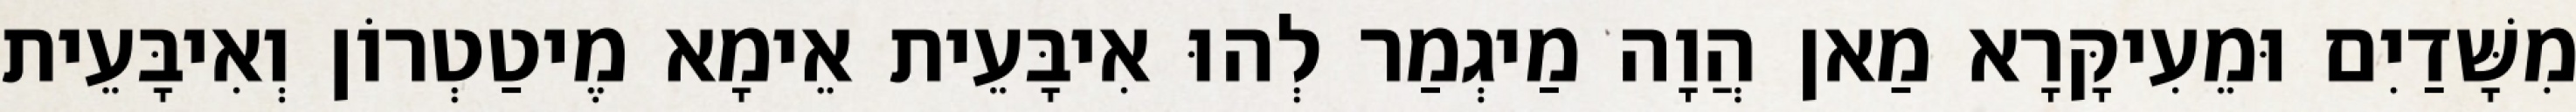
מִשָּׁדַיִם וּמֵעִיקָּרָא מַאן הֲוָה מַיגְמַר לְהוּ אִיבָּעֵית אֵימָא מֶיטַטְרוֹן וְאִיבָּעֵית